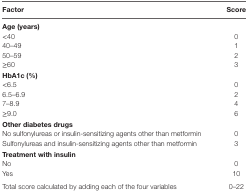
| Factor | Score |
 | --- | --- |
 | <COLSPAN=2> Age (years) |
 | <40 | 0 |
 | 40–49 | 1 |
 | 50–59 | 2 |
 | ≥60 | 3 |
 | <COLSPAN=2> HbA1c (%) |
 | <6.5 | 0 |
 | 6.5–6.9 | 2 |
 | 7–8.9 | 4 |
 | ≥9.0 | 6 |
 | <COLSPAN=2> Other diabetes drugs |
 | No sulfonylureas or insulin-sensitizing agents other than metformin | 0 |
 | Sulfonylureas and insulin-sensitizing agents other than metformin | 3 |
 | <COLSPAN=2> Treatment with insulin |
 | No | 0 |
 | Yes | 10 |
 | Total score calculated by adding each of the four variables | 0–22 |